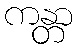
ကန္တာ